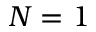
N = 1